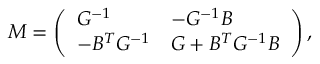
M = \left( \begin{array} { l l } { { G ^ { - 1 } } } & { { - G ^ { - 1 } B } } \\ { { - B ^ { T } G ^ { - 1 } } } & { { G + B ^ { T } G ^ { - 1 } B } } \end{array} \right) ,